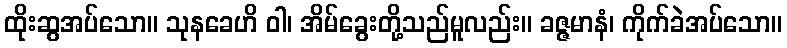
ထိုးဆွအပ်သော။ သုနခေဟိ ဝါ၊ အိမ်ခွေးတို့သည်မူလည်း။ ခဇ္ဇမာနံ၊ ကိုက်ခဲအပ်သော။